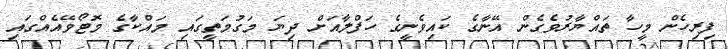
ފިރިހެން މީހާ ތައްޔާރުވެގެން އޭނާގެ ކައިވެނީގެ ހަފްލާއަށް ދިޔަ މަގުމަތީގައި މައްކާގެ މޮޓޯވޭއެއްގައި